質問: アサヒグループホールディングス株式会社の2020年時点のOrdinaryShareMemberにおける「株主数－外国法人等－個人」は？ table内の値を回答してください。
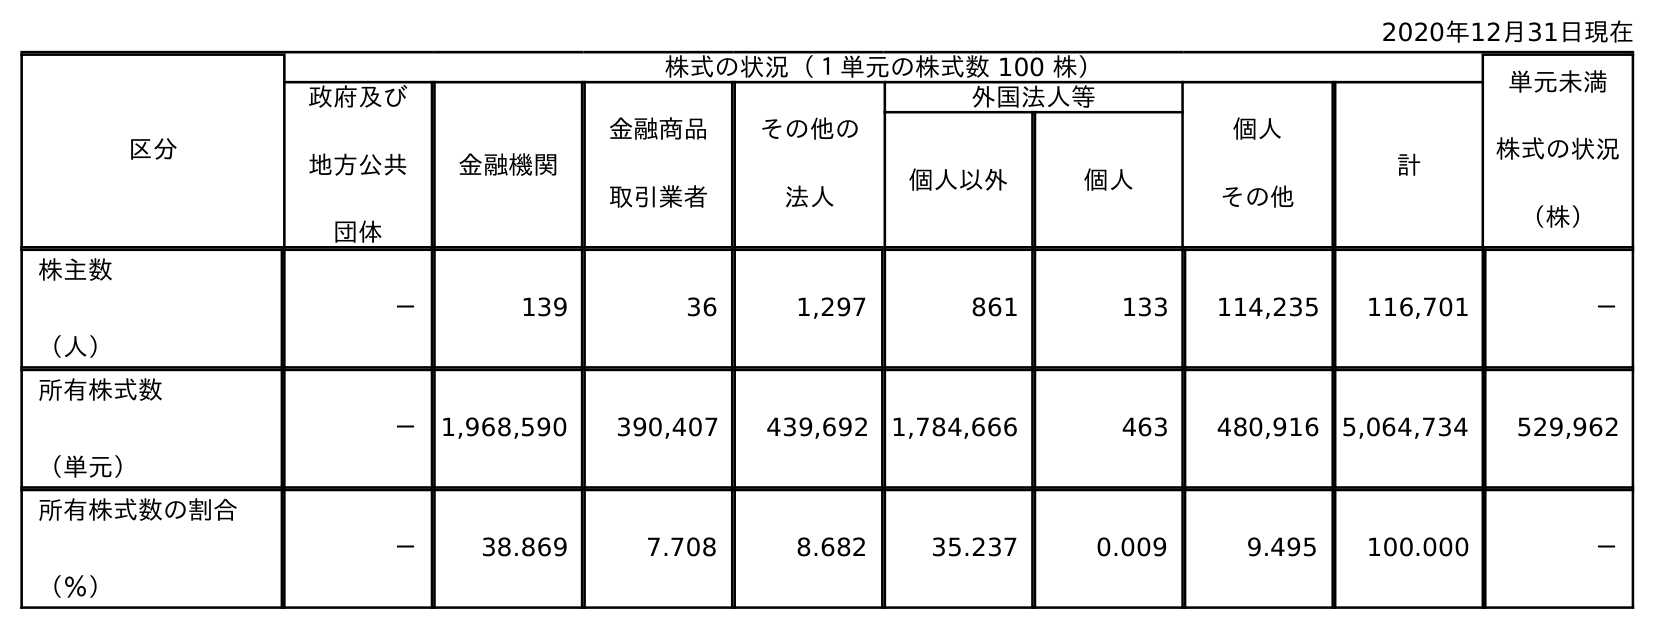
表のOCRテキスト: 2020年12月31日現在 区分 株式の状況（１単元の株式数 100 株） 単元未満 株式の状況 （株） 政府及び 地方公共 団体 金融機関 金融商品 取引業者 その他の 法人 外国法人等 個人 その他 計 個人以外 個人 株主数 （人） － 139 36 1,297 861 133 114,235 116,701 － 所有株式数 （単元） － 1,968,590 390,407 439,692 1,784,666 463 480,916 5,064,734 529,962 所有株式数の割合 （％） － 38.869 7.708 8.682 35.237 0.009 9.495 100.000 －
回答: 133